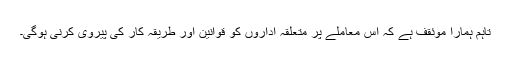
تاہم ہمارا موئقف ہے کہ اس معاملے پر متعلقہ اداروں کو قوانین اور طریقہ کار کی پیروی کرنی ہوگی۔